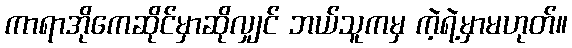
ကာရာအိုကေဆိုင်မှာဆိုလျှင် ဘယ်သူကမှ ကဲ့ရဲ့မှာမဟုတ်။